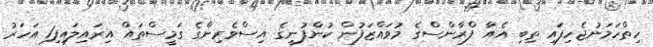
ހިތްހަމަނުޖެހިފައި ތިބި އެއާ ފްރާންސްގެ މުވައްޒަފުން ކުންފުނީގެ އިސްވެރިންގެ ގަމީސްތައް އިރައިލައިފި1 އަހަރު